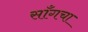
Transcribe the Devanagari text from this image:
साँगचा